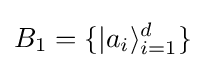
B_{1}=\{|a_{i}\rangle _{i=1}^{d}\}